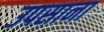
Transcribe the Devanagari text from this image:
उपसाना